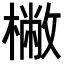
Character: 𣘮